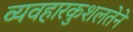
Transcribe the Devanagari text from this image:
व्यवहारकुशलतेने